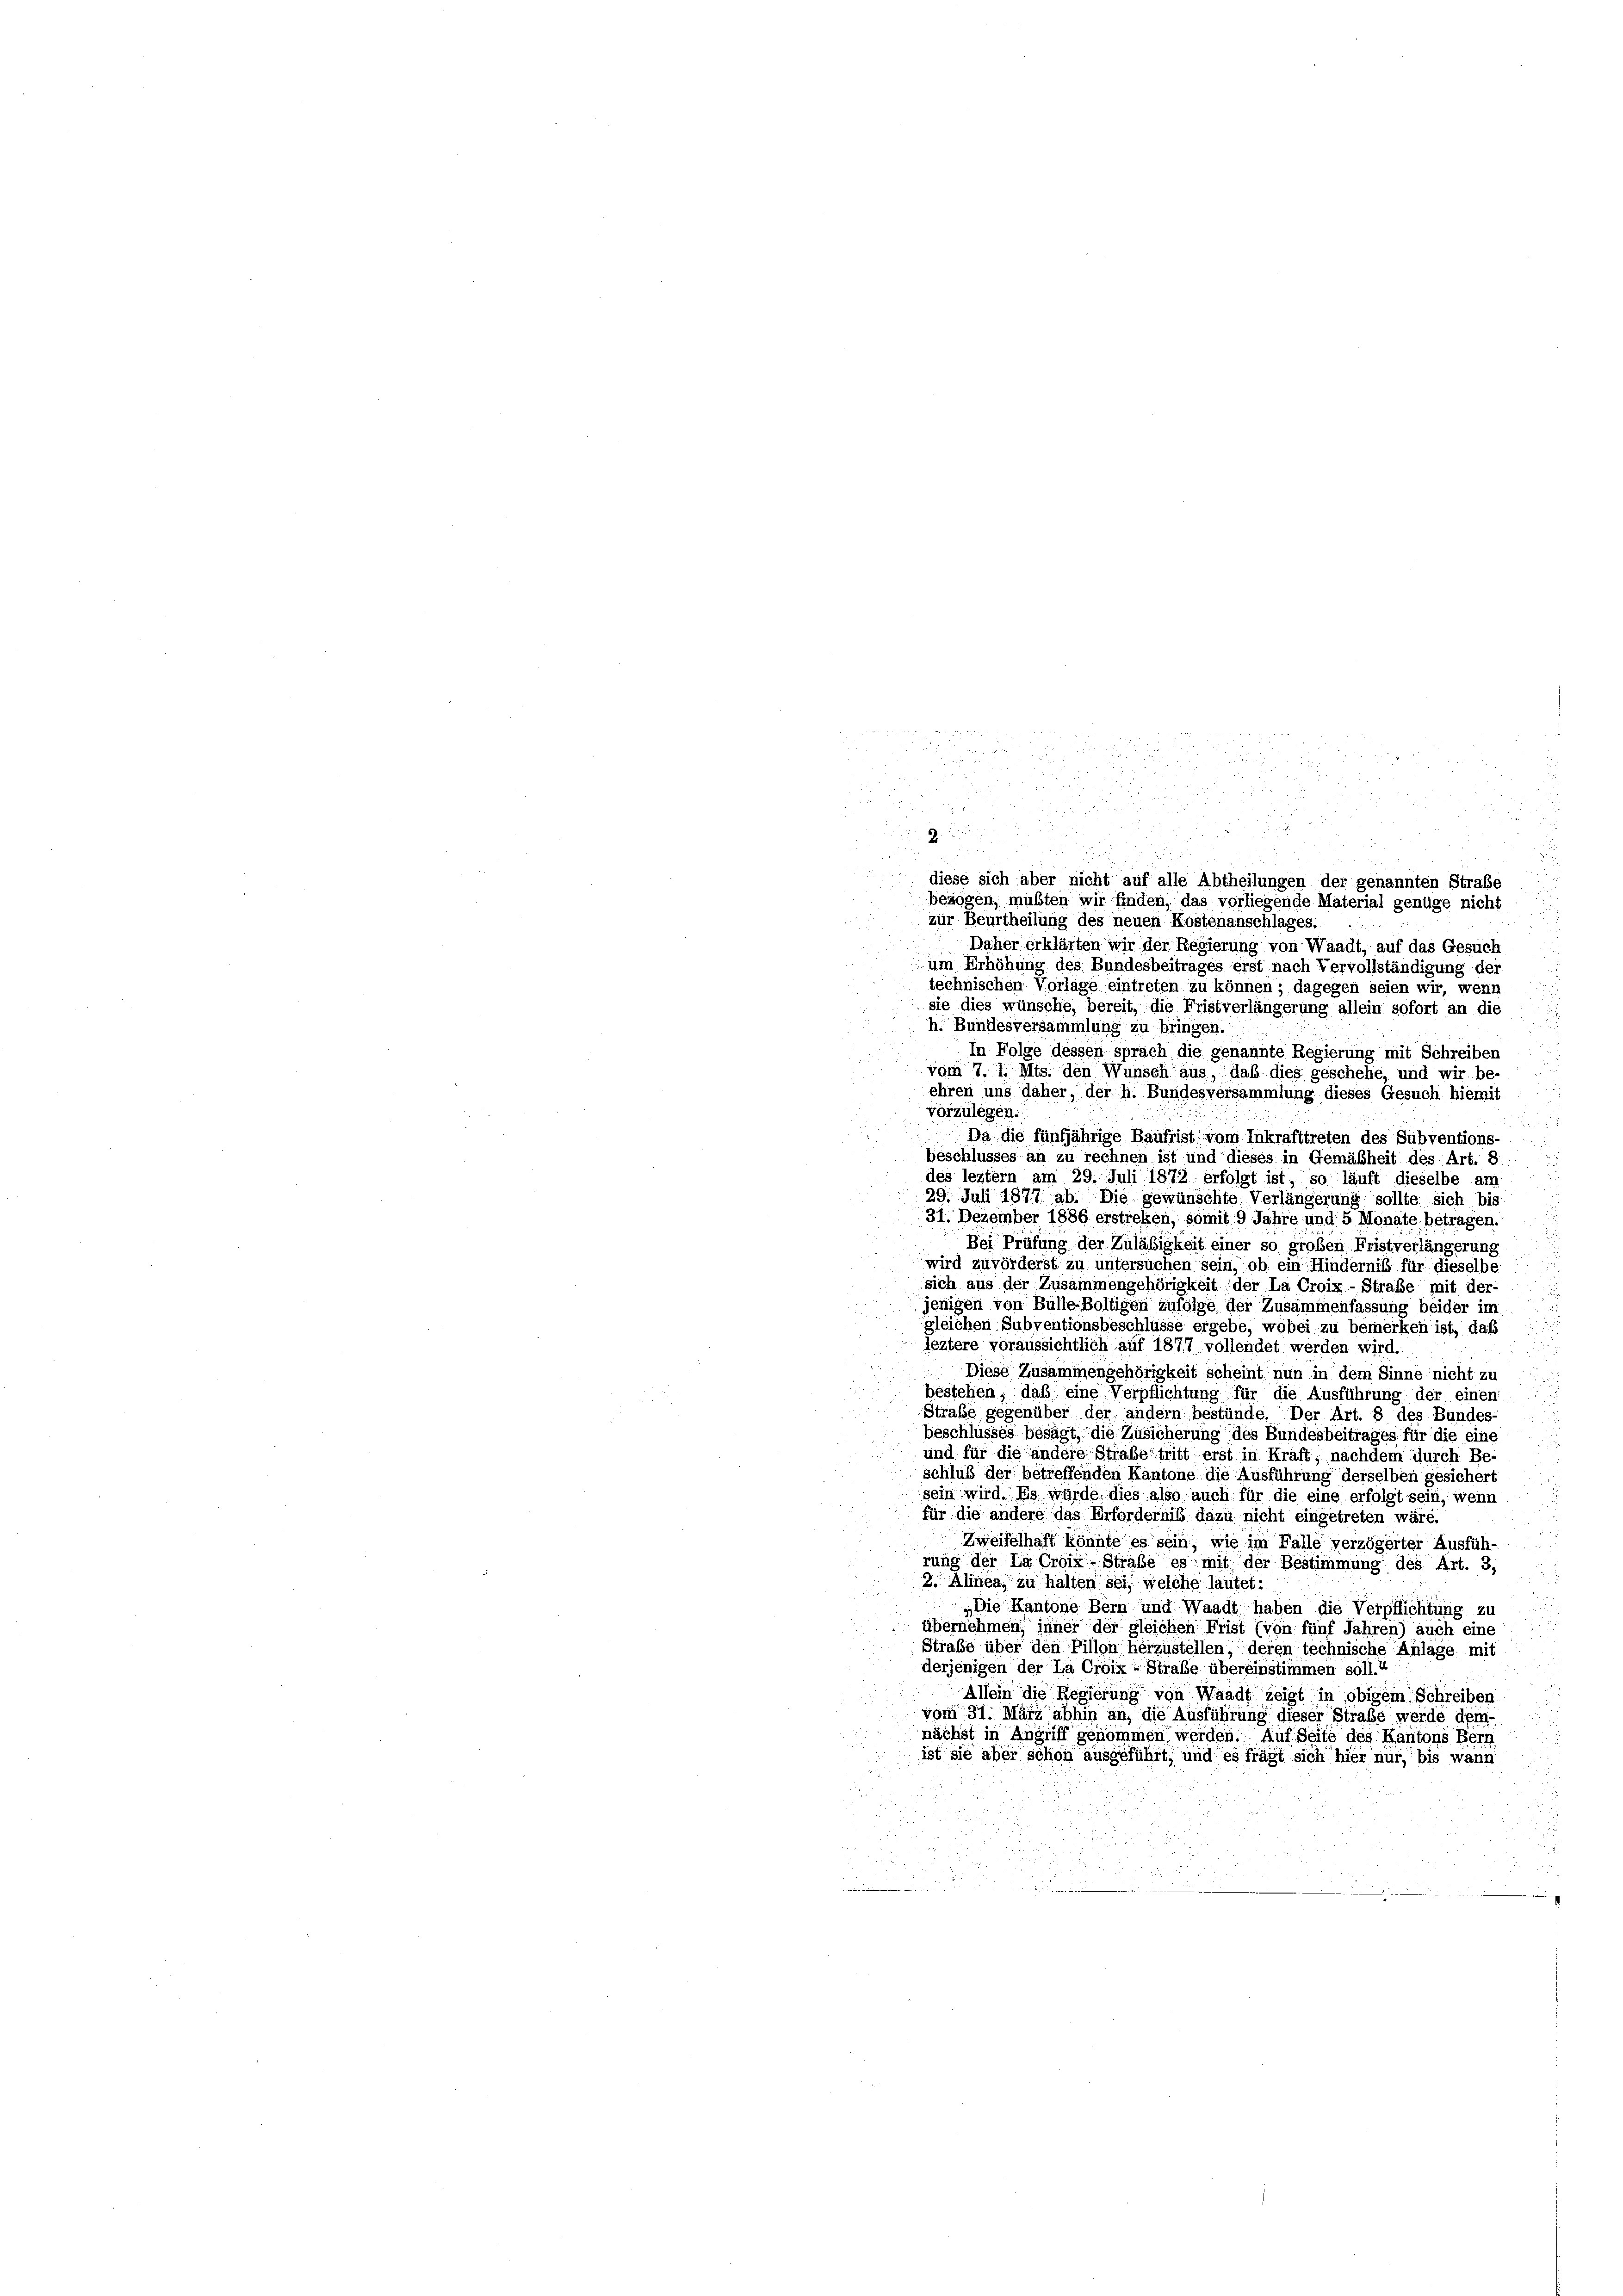
d

diese sich aber nicht auf alle Abtheilungen der genannten Straße
bezogen, mußten wir finden, das vorliegende Material genüge nicht
zur Beurtheilung des neuen Kostenanschlages.
Daher erklärten wir der Regierung von Waadt, auf das Gesuch
um Erhöhung des Bundesbeitrages erst nach Vervollständigung der
technischen Vorlage eintreten zu können; dagegen seien wir, wenn
sie dies wünsche, bereit, die Fristverlängerung allein sofort an die
h. Bundesversammlung zu bringen.
In Folge dessen sprach die genannte Regierung mit Schreiben
vom 7. 1. Mts. den Wunsch aus, daß dies geschehe, und wir be-
ehren uns daher, der h. Bundesversammlung dieses Gesuch hiemit
vorzulegen.
Da die fünfjährige Baufrist vom Inkrafttreten des Subventions-
beschlusses an zu rechnen ist und dieses in Gemäßheit des Art. 8
des leztem am 29. Juli 1872 erfolgt ist, so läuft dieselbe am
29. Juli 1877 ab. Die gewünschte Verlängerung sollte sich bis
31. Dezember 1886 erstreken, somit 9 Jahre und 5 Monate betragen.
Bei Prüfung der Zuläbigkeit einer so großen, Fristverlängerung
wird zuvörderst zu untersuchen sein, ob ein Hindernis für dieselbe
sich aus der Zusammengehörigkeit der La Croix-Straße mit der-
jenigen von Bülle Boltigen zufolge der Zusammenfassung beider im
gleichen Subventionsbeschlüsse ergebe, wobei zu bemerken ist, daß
leztere voraussichtlich auf 1877 vollendet werden wird.
Diese Zusammengehörigkeit scheint nun in dem Sinne nicht zu
bestehen, daß eine Verpflichtung für die Ausführung der einen
Straße gegenüber der andern bestünde. Der Art. 8 des Bundes-
beschlüsses besagt, die Zusicherung des Bundesbeitrages für die eine
und für die andere Strabe tritt erst in Kraft, nachdem durch Be
schluß der betreffenden Kantone die Ausführung derselben gesichert
sein wird. Es würde dies also auch für die eine erfolgt sein, wenn
für die andere das Erforderniß dazu nicht eingetreten wäre.
Zweifelhaft könnte es sein, wie im Falle verzögerter Ausfüh-
rung der La Croix-Strafe es mit der Bestimmung des Art. 3,
2. Alinea, zu halten sei, welche lautet:
„Die Kantone Bern und Waadt haben die Verpflichtung zu
übernehmen; inner der gleichen Frist (von fünf Jahren) auch eine
Strafe über den Pillon herzustellen, deren technische Anlage mit
derjenigen der La Croix-Straße übereinstimmen soll.“
Allein die Regierung von Waadt zeigt in obigem Schreiben
vom 31. März abhin an, die Ausführung dieser Straße werde dem
nächst in Angriff genommen werden. Auf Seite des Kantons Beri
ist sie aber schon ausgeführt, und es frägt sich hier nur, bis wann